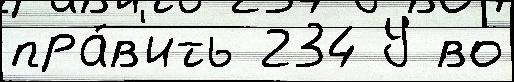
пра́в'ить 234 У во